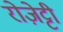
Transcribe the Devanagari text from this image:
रोज़ेट्टी